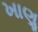
ખાણૢ